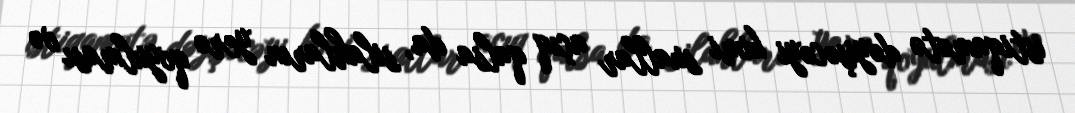
istiqamətə dəyişəcəyi kimi suallar açıq qalsa da, silahların yerə qoyulması və